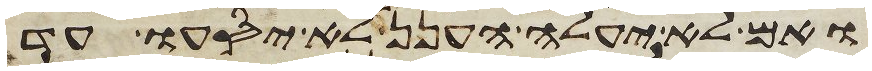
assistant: ואם לא יעלה הענן לא יסעו עד